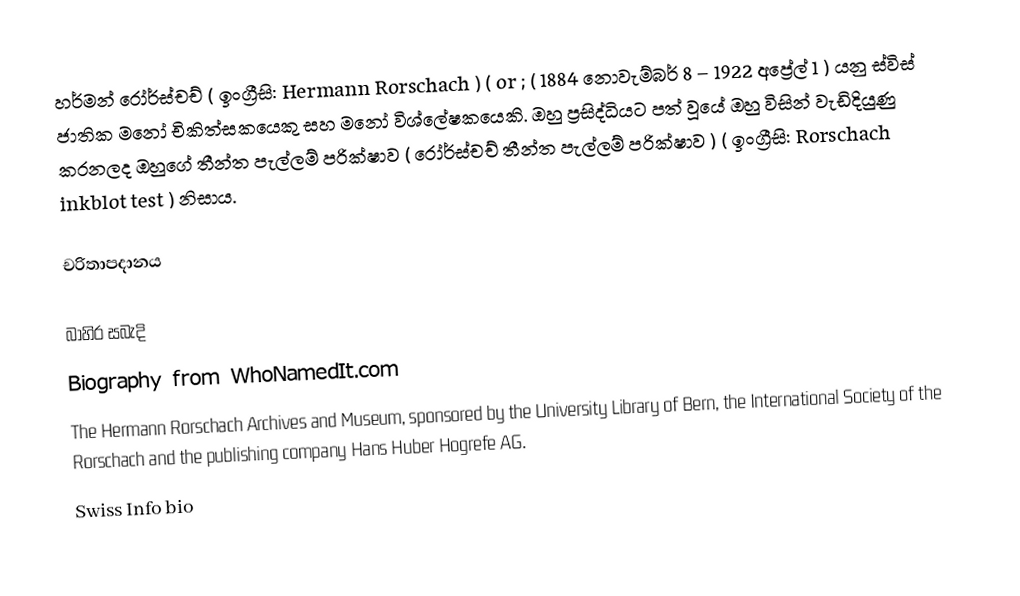
හර්මන් රෝර්ස්චච්  ( ඉංග්‍රීසි: Hermann Rorschach ) ( or ; ( 1884 නොවැම්බර් 8 – 1922 අප්‍රේල් 1 ) යනු ස්විස් ජාතික මනෝ චිකිත්සකයෙකු සහ මනෝ විශ්ලේෂකයෙකි. ඔහු ප්‍රසිද්ධියට පත් වූයේ ඔහු විසින් වැඩිදියුණු කරනලද ඔහුගේ තීන්ත පැල්ලම් පරික්ෂාව ( රෝර්ස්චච් තීන්ත පැල්ලම් පරික්ෂාව )  ( ඉංග්‍රීසි: Rorschach inkblot test ) නිසාය.

චරිතාපදානය

බාහිර සබැදි
 Biography from WhoNamedIt.com
 The Hermann Rorschach Archives and Museum, sponsored by the University Library of Bern, the International Society of the Rorschach and the publishing company Hans Huber Hogrefe AG.
 Swiss Info bio